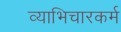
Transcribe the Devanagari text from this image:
व्याभिचारकर्म